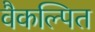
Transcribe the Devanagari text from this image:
वैकल्पित